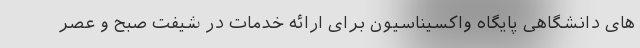
های دانشگاهی پایگاه واکسیناسیون برای ارائه خدمات در شیفت صبح و عصر